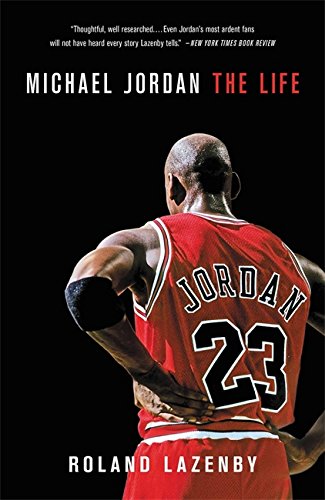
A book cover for Michael Jordan: The Life; Roland Lazenby; Biographies & Memoirs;